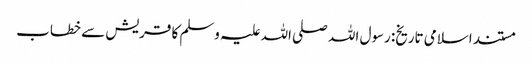
مستند اسلامی تاریخ: رسول اللہ صلی اللہ علیہ وسلم کا قریش سے خطاب